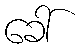
ခေါ်